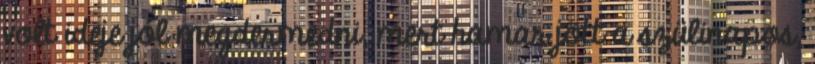
volt ideje jól megdermedni, mert hamar jött a szülinapos,